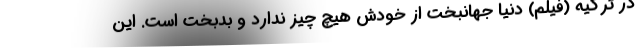
در ترکیه (فیلم) دنیا جهانبخت از خودش هیچ چیز ندارد و بدبخت است. این